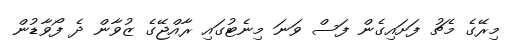
މިރޭގެ މެޗު ފަށައިގެން ފަސް ވަނަ މިނެޓުގައި ރާއްޖޭގެ ޒުވާން ދެ ފޯވާޑުން